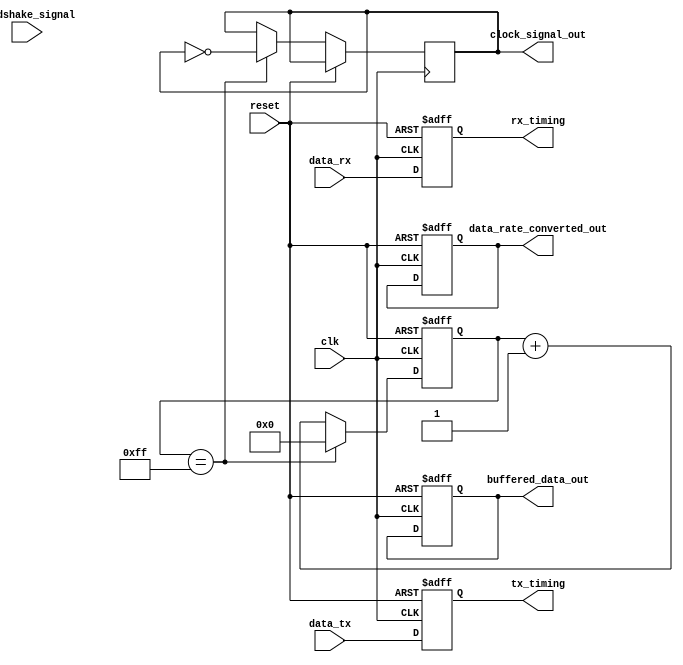
module usb_timing_control_and_sync (
    input wire clk, // clock signal
    input wire reset, // reset signal
    
    input wire data_tx, // data transmission signal
    input wire data_rx, // data reception signal
    
    input wire handshake_signal, // handshaking signal between host and device
    
    output wire clock_signal_out, // output clock signal
    output wire tx_timing, // transmission timing signal
    output wire rx_timing, // reception timing signal
    
    output wire buffered_data_out, // output buffered data signal
    output wire data_rate_converted_out // output data rate converted signal
);

// Verilog code for timing control and synchronization blocks

// Code for generating clock signal
reg [7:0] counter;
always @(posedge clk or posedge reset) begin
    if (reset) begin
        counter <= 8'b00000000;
    end else begin
        if (counter == 8'b11111111) begin
            counter <= 8'b00000000;
            clock_signal_out <= ~clock_signal_out;
        end else begin
            counter <= counter + 1;
        end
    end
end

// Code for managing data transmission timing
always @(posedge clk or posedge reset) begin
    if (reset) begin
        tx_timing <= 1'b0;
    end else begin
        tx_timing <= data_tx;
    end
end

// Code for managing data reception timing
always @(posedge clk or posedge reset) begin
    if (reset) begin
        rx_timing <= 1'b0;
    end else begin
        rx_timing <= data_rx;
    end
end

// Code for handling handshaking signals
always @(posedge clk or posedge reset) begin
    if (reset) begin
        buffered_data_out <= 1'b0;
        data_rate_converted_out <= 1'b0;
    end else begin
        if (handshake_signal) begin
            // Perform necessary buffering and data rate conversion here
            // Update buffered_data_out and data_rate_converted_out accordingly
        end
    end
end

endmodule